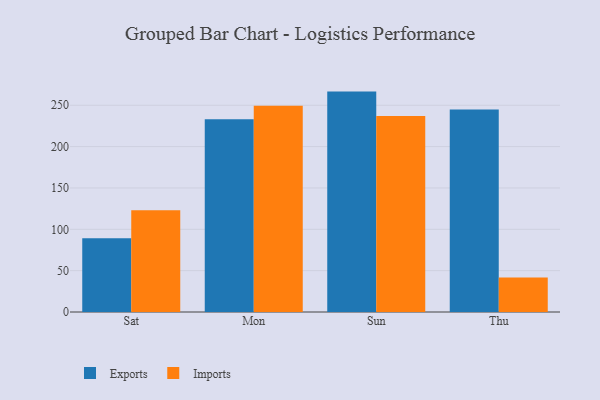
{"axis": {"x": "Day", "y": "Churn Rate (%)"}, "legend": ["Exports", "Imports"], "data": [{"x": "Sat", "y": 89.3, "type": "Exports"}, {"x": "Sat", "y": 122.9, "type": "Imports"}, {"x": "Mon", "y": 233.2, "type": "Exports"}, {"x": "Mon", "y": 249.5, "type": "Imports"}, {"x": "Sun", "y": 266.5, "type": "Exports"}, {"x": "Sun", "y": 237.1, "type": "Imports"}, {"x": "Thu", "y": 245.0, "type": "Exports"}, {"x": "Thu", "y": 41.8, "type": "Imports"}]}